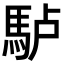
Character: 𩢬